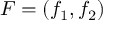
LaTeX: F = ( f _ { 1 } , f _ { 2 } )